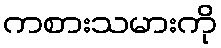
ကစားသမားကို